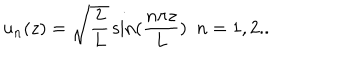
u _ { n } ( z ) = \sqrt { \frac { 2 } { L } } \sin ( \frac { n \pi z } { L } ) \, \, \, n = 1 , 2 . .